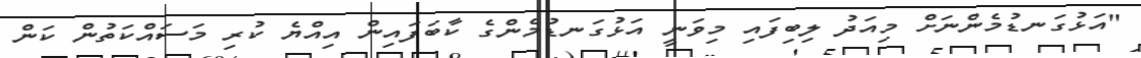
"އަޅުގަނޑުމެންނަށް މިއަދު ލިބިފައި މިވަނީ އަޅުގަނޑުމެންގެ ކާބަފައިން އިއްޔެ ކުރި މަސައްކަތުން ކަން